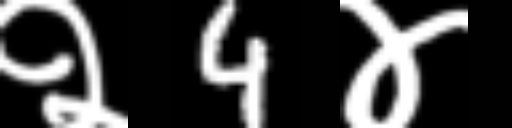
Text: २4४